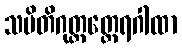
သမိတိဂုတ္တတ္ထေရဂါထာ